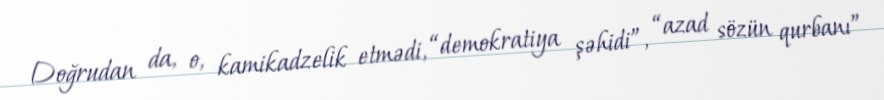
Doğrudan da, o, kamikadzelik etmədi, “demokratiya şəhidi”, “azad sözün qurbanı”